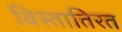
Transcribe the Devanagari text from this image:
विस्तातिरत